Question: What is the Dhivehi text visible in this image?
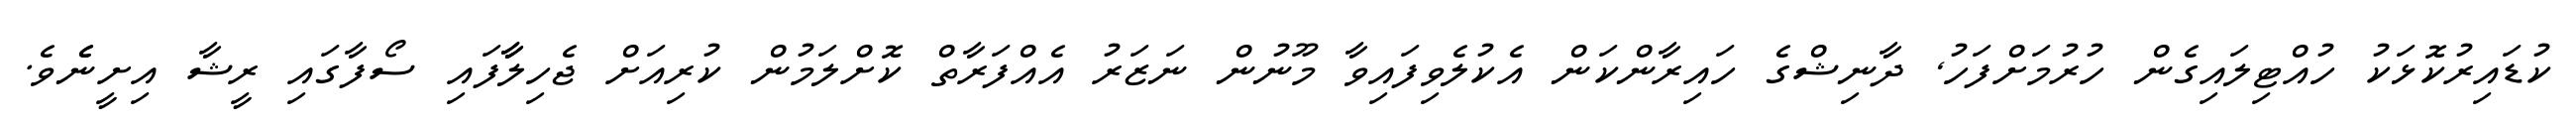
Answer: ކުޑައިރުކޮޅަކު ހުއްޓިލައިގެން ހުރުމަށްފަހު, ދާނިޝްގެ ހައިރާންކަން އެކުލެވިފައިވާ މޫނުން ނަޒަރު އެއްފަރާތް ކޮށްލަމުން ކުރިއަށް ޖެހިލާާފައި ސޯފާގައި ރީޝާ އިށީނެެވެ.